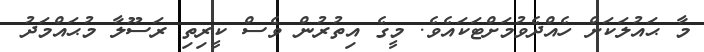
މާ ޙައުލަކަށް ހެއްދެވުމަށްޓަކައެވެ. މީގެ އިތުރުން ވެސް ކީރިތި ރަސޫލާ މުޙައްމަދު